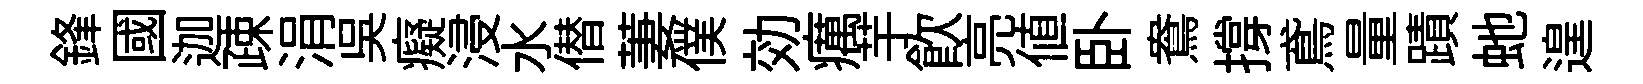
鋒國迦疎涓吴癡浸水僣萋僕効癘芋飲亮値卧鴦撐鳶量蹟虵遑